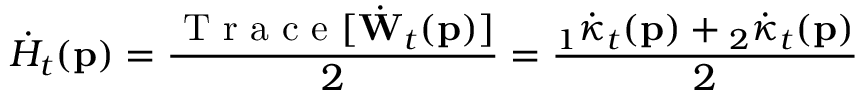
\dot { H } _ { t } ( \mathbf { p } ) = \frac { \mathrm { ~ T ~ r ~ a ~ c ~ e ~ } [ \dot { \mathbf { W } } _ { t } ( \mathbf { p } ) ] } { 2 } = \frac { { } _ { 1 } \dot { \kappa } _ { t } ( \mathbf { p } ) + { } _ { 2 } \dot { \kappa } _ { t } ( \mathbf { p } ) } { 2 }